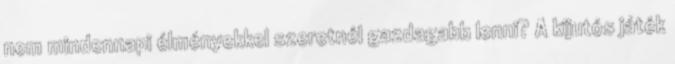
nem mindennapi élményekkel szeretnél gazdagabb lenni? A kijutós játék